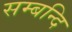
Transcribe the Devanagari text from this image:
सम्बन्दि